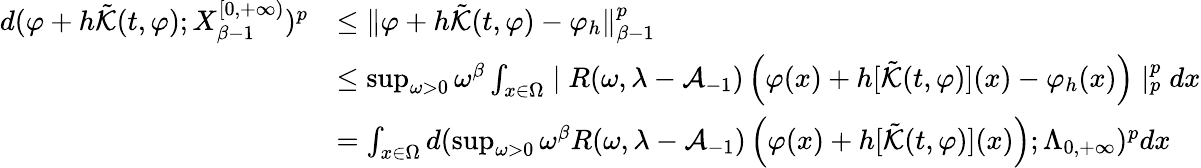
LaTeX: \begin{array}{rl}{d(\varphi+h\tilde{\mathcal{K}}(t,\varphi);X_{\beta-1}^{[0,+\infty)})^{p}}&{\leq\| \varphi+h\tilde{\mathcal{K}}(t,\varphi)-\varphi_{h}\| _{\beta-1}^{p}}\\ &{\leq\operatorname*{sup}_{\omega>0}\omega^{\beta}\int_{x\in\Omega}\mid R(\omega,\lambda-\mathcal{A}_{-1})\left(\varphi(x)+h[\tilde{\mathcal{K}}(t,\varphi)](x)-\varphi_{h}(x)\right)\mid_{p}^{p}dx}\\ &{=\int_{x\in\Omega}d(\operatorname*{sup}_{\omega>0}\omega^{\beta}R(\omega,\lambda-\mathcal{A}_{-1})\left(\varphi(x)+h[\tilde{\mathcal{K}}(t,\varphi)](x)\right);\Lambda_{0,+\infty})^{p}dx}\end{array}